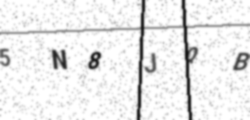
Text: 5N8JQB